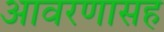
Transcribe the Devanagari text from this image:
आवरणासह